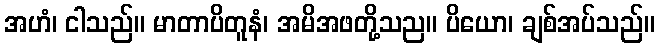
အဟံ၊ ငါသည်။ မာတာပိတူနံ၊ အမိအဖတို့သည။ ပိယော၊ ချစ်အပ်သည်။